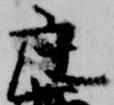
座